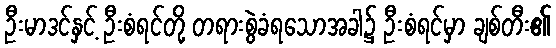
ဦးမာဒင်နှင့် ဦးစံရင်တို့ တရားစွဲခံရသောအခါ၌ ဦးစံရင်မှာ ချစ်တီး၏